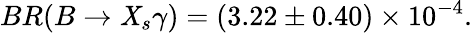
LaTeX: BR(B\to\mathit{X}_{s}\gamma)=(3.22\pm0.40)\times10^{-4}.